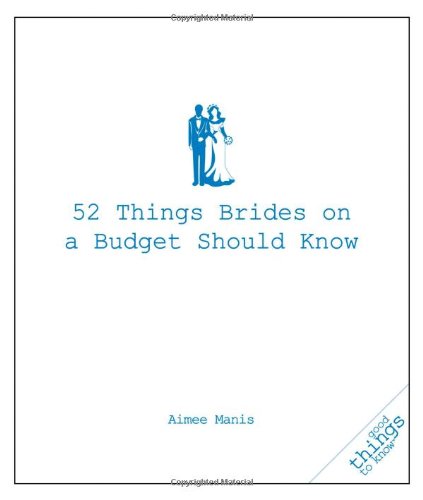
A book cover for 52 Things Brides on a Budget Should Know (Good Things to Know); Aimee Manis; Crafts, Hobbies & Home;